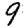
Digit: 9